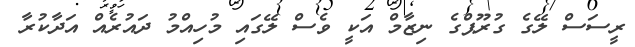
ރީސަސް ލޭގެ ގުރޫޕްގެ ނިޒާމް އަކީ ވެސް ލޭގައި މުހިއްމު ދައުރެއް އަދާކުރާ